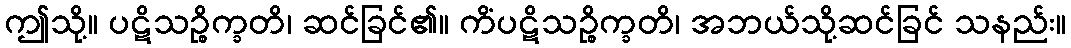
ဤသို့။ ပဋိသဉ္စိက္ခတိ၊ ဆင်ခြင်၏။ ကိံပဋိသဉ္စိက္ခတိ၊ အဘယ်သို့ဆင်ခြင် သနည်း။